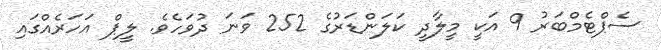
ސެޕްޓެމްބަރު 9 އަކީ މީލާދީ ކަލަންޑަރުގެ 252 ވަނަ ދުވަހެވެ. ލީޕް އަހަރެއްގައި